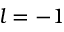
l = - 1